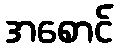
အစောင်